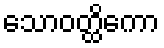
သောဝတ္ထိကော